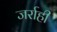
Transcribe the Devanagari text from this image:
जर्राही